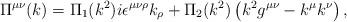
LaTeX: \begin{align*}\Pi^{\mu \nu}(k) = \Pi_{1}(k^2) i \epsilon^{\mu\nu \rho} k_{\rho} +\Pi_{2}(k^2) \left( k^{2} g^{\mu \nu} -k^{\mu}k^{\nu} \right) ,\end{align*}